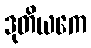
ဒုတိယကေ